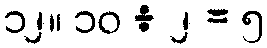
၁၂။ ၁၀ ÷ ၂ = ၅